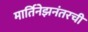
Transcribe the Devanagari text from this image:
मार्तिनेझनंतरची